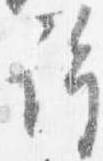
許